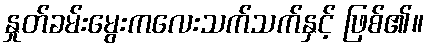
နှုတ်ခမ်းမွေးကလေးသက်သက်နှင့် ဖြစ်၏။